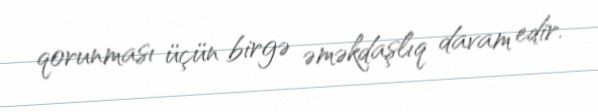
qorunması üçün birgə əməkdaşlıq davam edir.